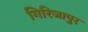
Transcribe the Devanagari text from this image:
गिरिजापुर